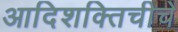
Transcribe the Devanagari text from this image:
आदिशक्तिचीचे